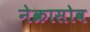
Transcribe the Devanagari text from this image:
नेक्रासोव